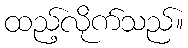
ထည့်လိုက်သည်။